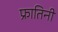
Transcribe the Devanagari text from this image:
फ्रातिनी